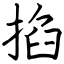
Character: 掐